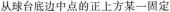
从球台底边中点的正上方某一固定